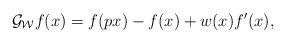
LaTeX: \begin{align*} \mathcal G_{\mathcal W}f(x) &= f(px)-f(x) + w(x)f'(x), \end{align*}